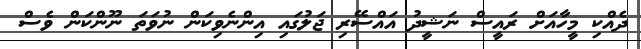
ދެއްކި މީހާއަށް ރައީސް ނަޝީދު އައްސޭރި ޖަލުގައި އިންނެވިކަން ނުވަތަ ނޫންކަން ވެސް